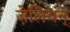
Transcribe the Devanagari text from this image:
जेलियन्